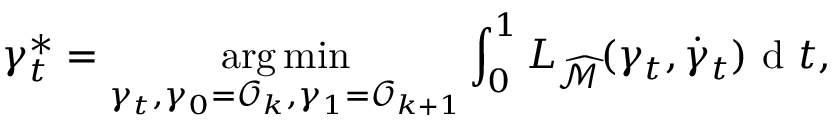
\gamma _ { t } ^ { * } = \underset { \gamma _ { t } , \gamma _ { 0 } = \mathcal { O } _ { k } , \gamma _ { 1 } = \mathcal { O } _ { k + 1 } } { \arg \operatorname* { m i n } } \int _ { 0 } ^ { 1 } L _ { \widehat { \mathcal { M } } } ( \gamma _ { t } , \dot { \gamma } _ { t } ) \mathrm { ~ d ~ } t ,